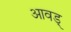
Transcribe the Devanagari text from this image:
आवड्